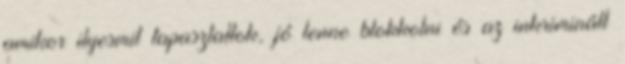
amikor ilyesmit tapasztaltok, jó lenne blokkolni és az inkriminált